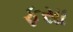
ફસા